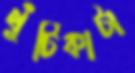
খুঁটিকাটা